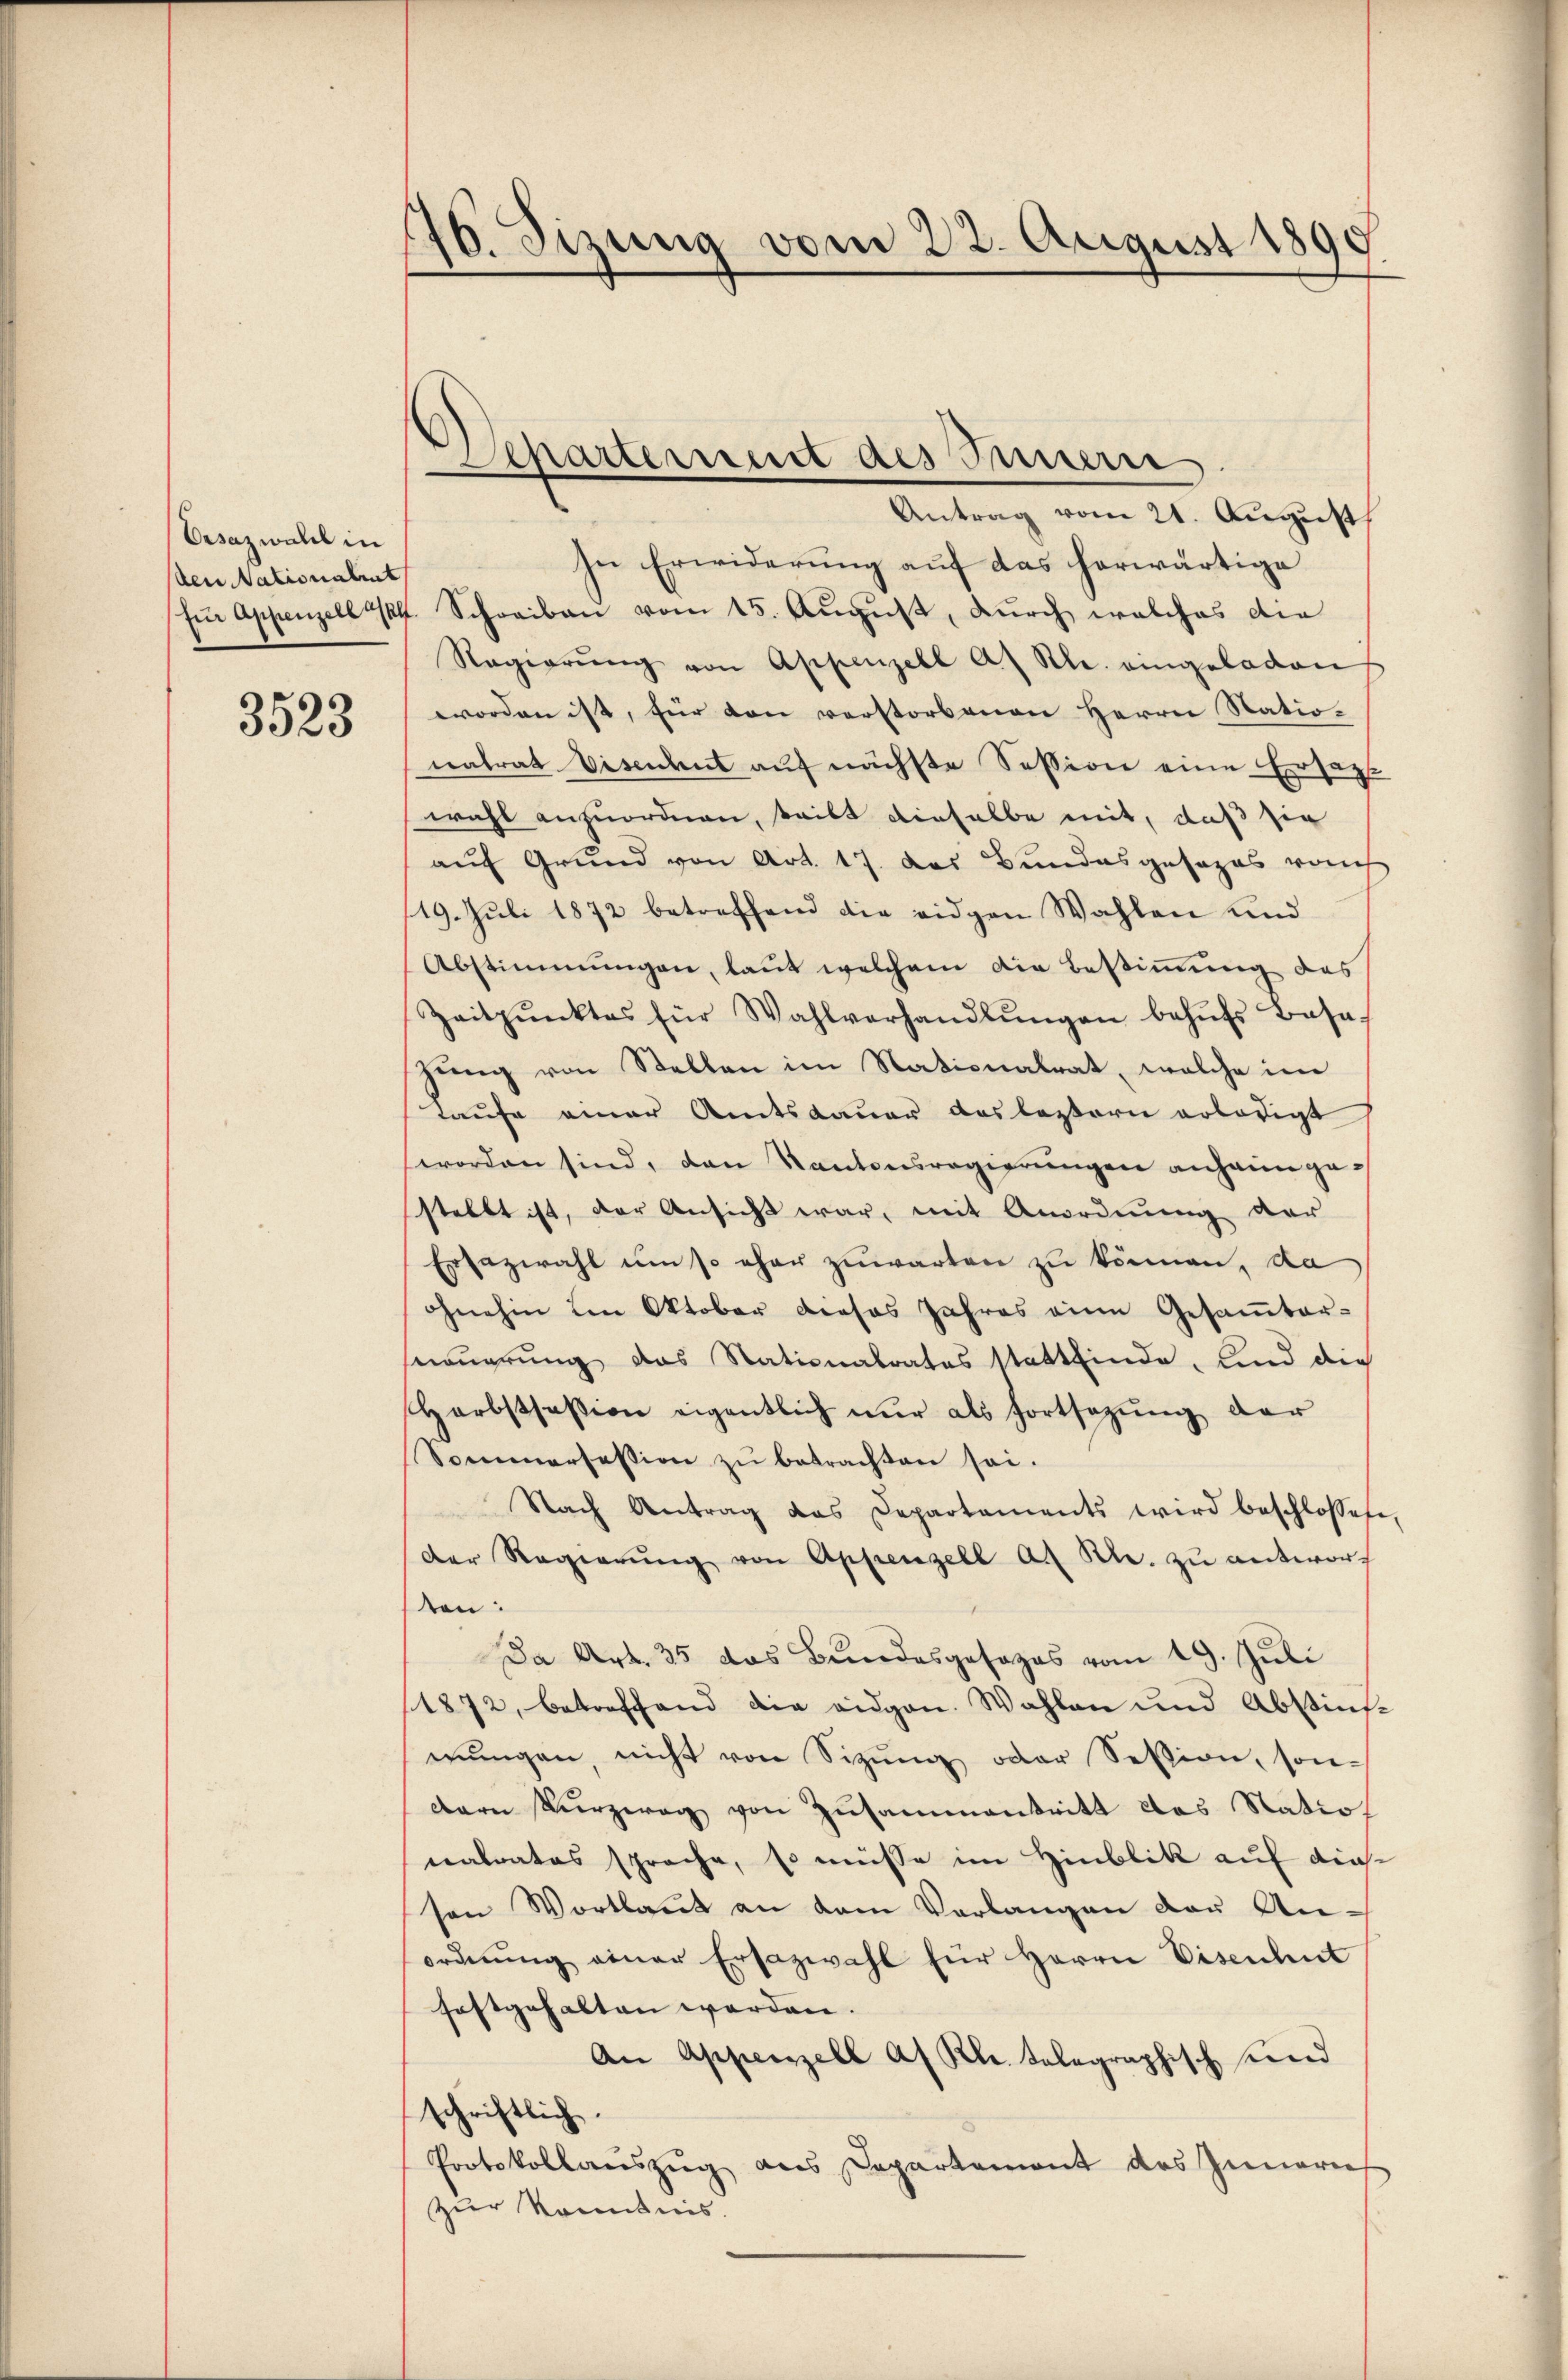
Vrsazwahl in
den Nationalit

3523

146. Sizung vom 22. August 1890
e

Antrag vom 21. August
In Erwiderung auf das herwärtige
für Appenzell 14. Schreiben vom 15. August, durch welches die
Regierŭng von Appenzell a. Rh. eingeladen
worden ist, für den verstorbenen Herrn Natio-
natrat Viseident auf nächste Session eine Ersat
wohl anzuordnen, teilt dieselbe mit, daß sie
auf Grund von Art. 17. das Bundesgesezes rauch
19. Juli 1872 betreffend die eidgen Wahlen und
Abstimmungen, laut welchem die Bestimmung des
Zeitpunktes für Wahlverhandlŭngen behŭfs Base
zung von Stellen im Nationalrat, welche im
Taufe einer Amtsdauer das leztern erledigt
worden sind, den Kantonsregierŭngen anheimgestellt ist, der Ansicht war, mit Anordnung der
Ersazwahl um so eher zuwarten zu können, da
ohnehin im Oktober dieses Jahres eine Gesamtar-
nuerung das Stationalrates stattfinde, sind die
Harbstfasion eigentlich nur als Fortsezung der
Sommerfassion zŭ betrachten sei.
Nach Antrag das Departaments wird beschlossese,
der Regierŭng von Appenzell A. Kl. zŭ antwort
ten:
Da Art. 35 das Bundesgesages vom 19. Juli
1872, betreffend die eidgen. Wahlen und Abstim-
mungen, nicht von Sitzung oder Session, son-
dern Kürzerag von Zusammentritt das Natio
nalrates sprache, so müsse im Hinblik auf diese
ton Wortlaut an dem Verlangen der An-
ordnung einer Ersazwahl für Herrn Eisenhut
festgehalten werden.
An Appenzell af Kl. telegraphisch und
schriftlich.
Protokollauszug aus Departement des Innerief
zur Kenntnis.

Departement des Innern